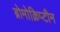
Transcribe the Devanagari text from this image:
ब्रोमोक्रिप्टीन